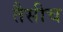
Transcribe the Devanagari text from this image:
तैसीच